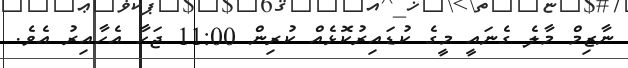
ނާޒިމް މާލެ ގެނައީ މީގެ ކުޑައިރުކޮޅެއް ކުރިން 11:00 ޖަހާ އެހާއިރު އެވެ.